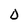
Character: D